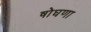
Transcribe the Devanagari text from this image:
षोघणा